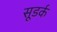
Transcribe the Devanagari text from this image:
सूडर्क